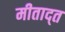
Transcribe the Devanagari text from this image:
मीताद्त